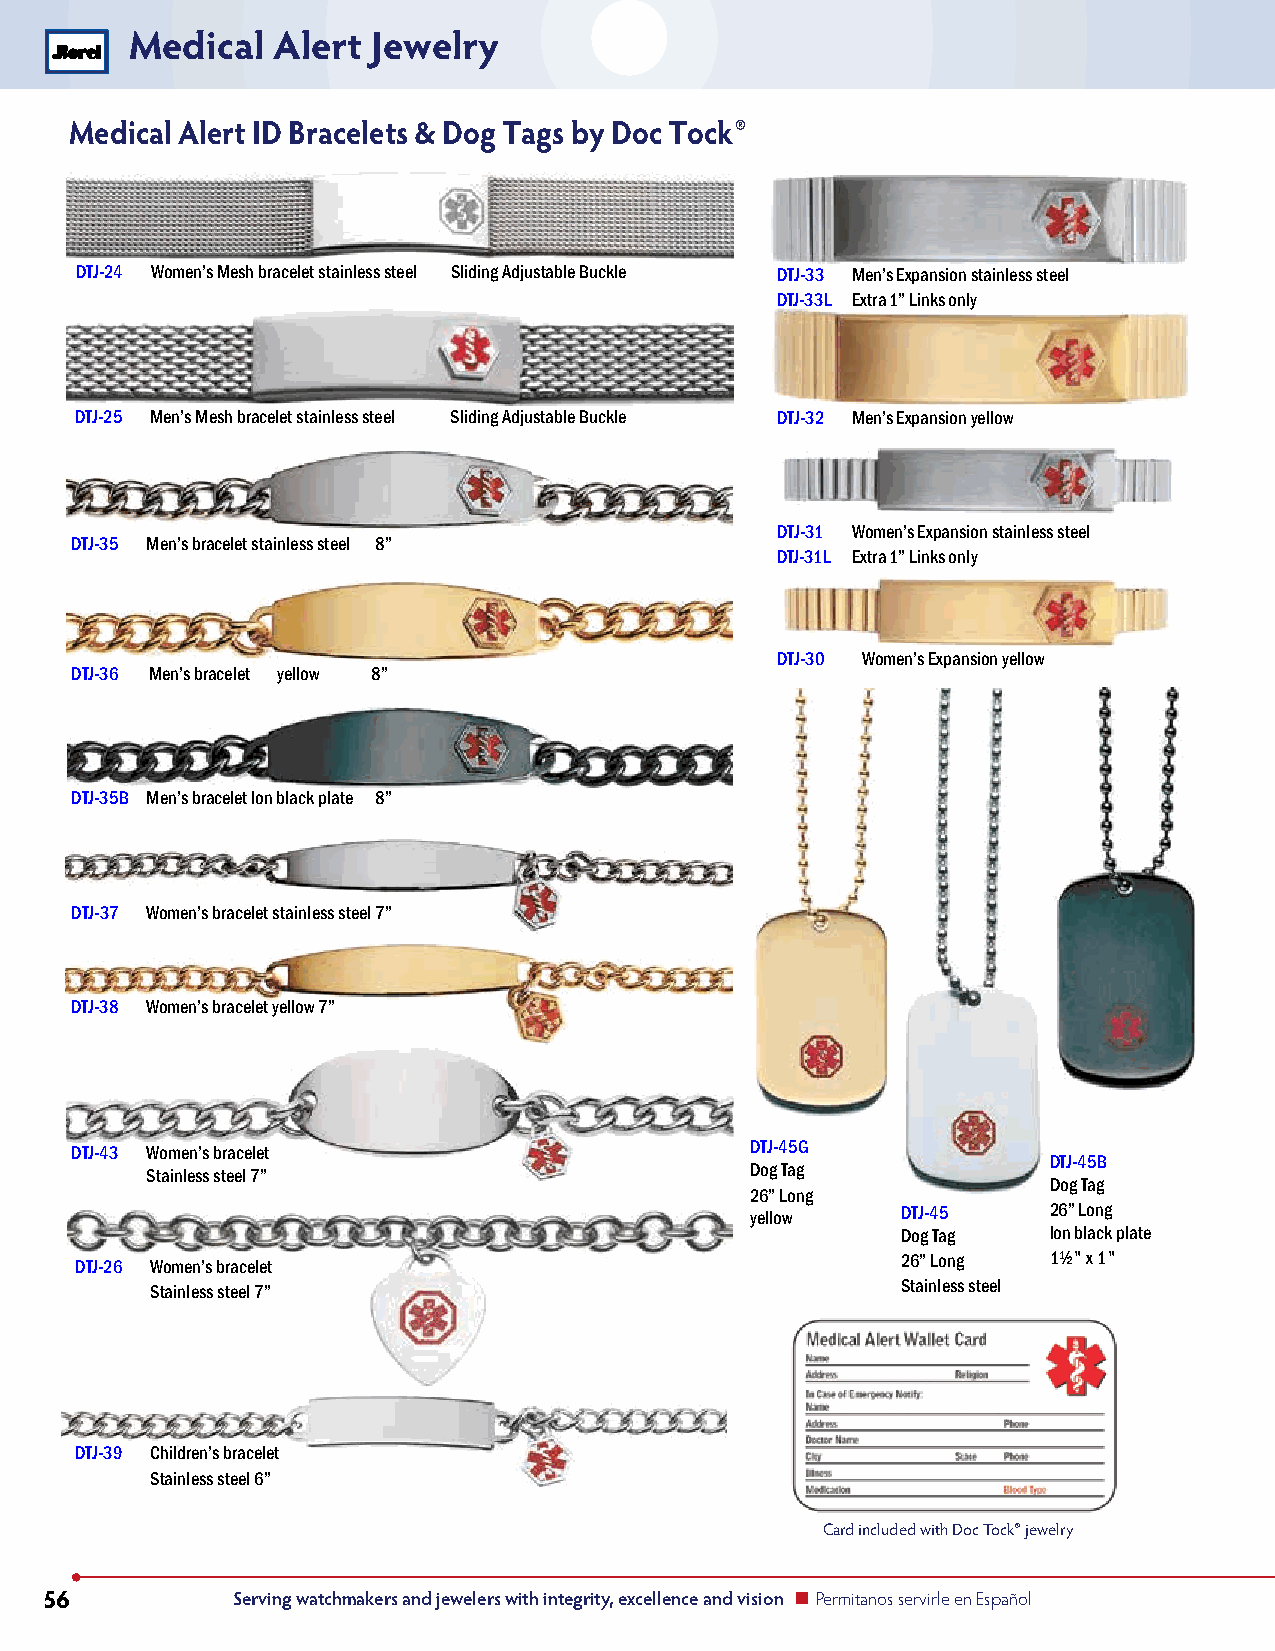
Medical  Alert  Jewelry
 Medical Alert ID Bracelets & Dog Tags by Doc Tock®
 DTJ-24 Women’s Mesh bracelet stainless steel Sliding Adjustable Buckle DTJ-33 Men’s Expansion stainless steel
 DTJ-33L Extra 1” Links only
 DTJ-25 Men’s Mesh bracelet stainless steel Sliding Adjustable Buckle DTJ-32 Men’s Expansion yellow
 DTJ-31 Women’s Expansion stainless steel
 DTJ-35 Men’s bracelet stainless steel 8”
 DTJ-31L Extra 1” Links only
 DTJ-30 Women’s Expansion yellow
 DTJ-36 Men’s bracelet yellow 8”
 DTJ-35B Men’s bracelet Ion black plate 8”
 DTJ-37 Women’s bracelet stainless steel 7”
 DTJ-38 Women’s bracelet yellow 7”
 DTJ-43 Women’s bracelet                      DTJ-45G
 DTJ-45B
 Stainless steel 7”                      Dog Tag
 Dog Tag
 26” Long
 yellow    DTJ-45   26” Long
 Dog Tag  Ion black plate
 DTJ-26 Women’s bracelet                                26” Long 1½" x 1"
 Stainless steel 7”                                Stainless steel
 DTJ-39 Children’s bracelet
 Stainless steel 6”
 Card included with Doc Tock® jewelry
 56          Serving watchmakers and jewelers with integrity, excellence and vision n Permitanos servirle en Español